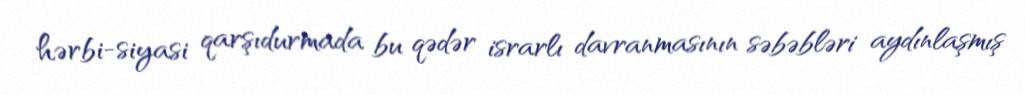
hərbi-siyasi qarşıdurmada bu qədər israrlı davranmasının səbəbləri aydınlaşmış